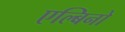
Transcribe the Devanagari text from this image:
एल्बिनो